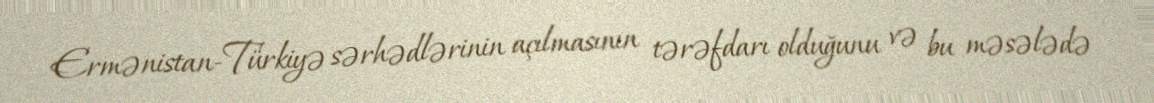
Ermənistan-Türkiyə sərhədlərinin açılmasının tərəfdarı olduğunu və bu məsələdə